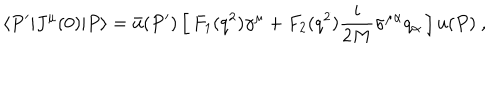
LaTeX: \langle P ^ { \prime } | J ^ { \mu } ( 0 ) | P \rangle = \bar { u } ( P ^ { \prime } ) \, \Big [ \, F _ { 1 } ( q ^ { 2 } ) \gamma ^ { \mu } + F _ { 2 } ( q ^ { 2 } ) { \frac { i } { 2 M } } \sigma ^ { \mu \alpha } q _ { \alpha } \, \Big ] \, u ( P ) \ ,